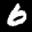
Label: 6